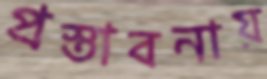
প্রস্তাবনায়